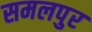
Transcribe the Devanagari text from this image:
समलपुर